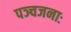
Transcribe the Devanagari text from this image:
पञ्चजनाः